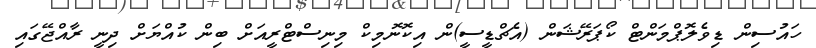
ހައުސިން ޑިވެލޮޕްމަންްޓް ކޯޕަރޭޝަން (އެޗްޑީސީ)ން އިކޮނޮމިކް މިނިސްޓްރީއަށް ބިން ކުއްޔަށް ދިނީ ރާއްޖޭގައި